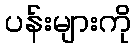
ပန်းများကို